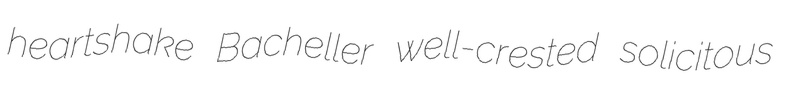
heartshake Bacheller well-crested solicitous